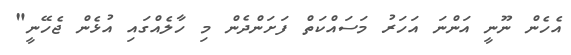
އެހެން ނޫނީ އަންނަ އަހަރު މަސައްކަތް ފަށަންދެން މި ހާލެއްގައި އުޅެން ޖެހޭނީ"